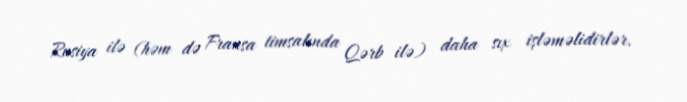
Rusiya ilə (həm də Fransa timsalında Qərb ilə) daha sıx işləməlidirlər.